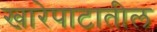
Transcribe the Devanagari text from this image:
खारेपाटातील